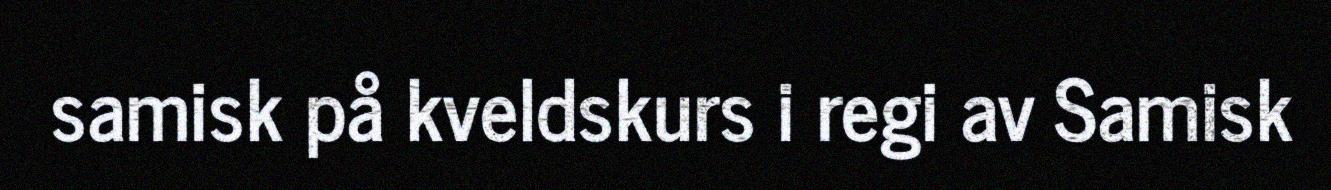
samisk på kveldskurs i regi av Samisk